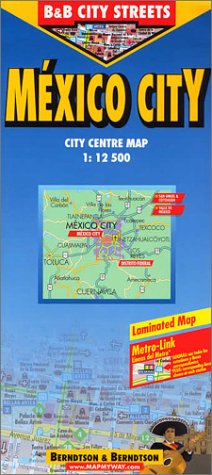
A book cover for B&B Mexico City City Streets Map; Berndtson & Berndtson; Travel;